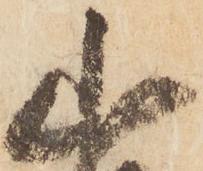
山